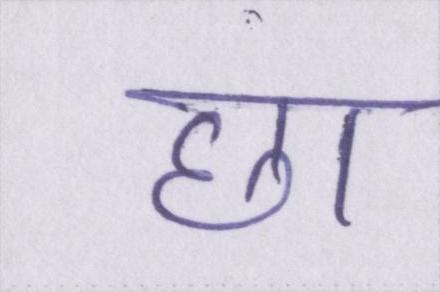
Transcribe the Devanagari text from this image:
छा